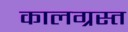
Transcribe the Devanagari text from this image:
कालग्रस्त